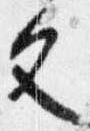
文